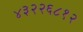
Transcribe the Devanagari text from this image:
४३२२६८१२